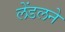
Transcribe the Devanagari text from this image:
लेंडलने